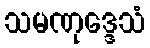
သမဏုဒ္ဒေသံ